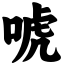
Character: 唬